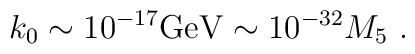
k_0 \sim 10^{-17} {\rm GeV}  \sim 10^{-32} M_5 \ .